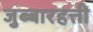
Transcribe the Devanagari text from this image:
जुब्बारहत्ती